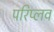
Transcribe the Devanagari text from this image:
परिप्लव